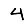
Digit: 4